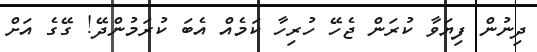
ދިނުން ފިޔަވާ ކުރަން ޖެހޭ ހުރިހާ ކަމެއް އެބަ ކުރަމުންދޭ! ގޭގެ އަށް